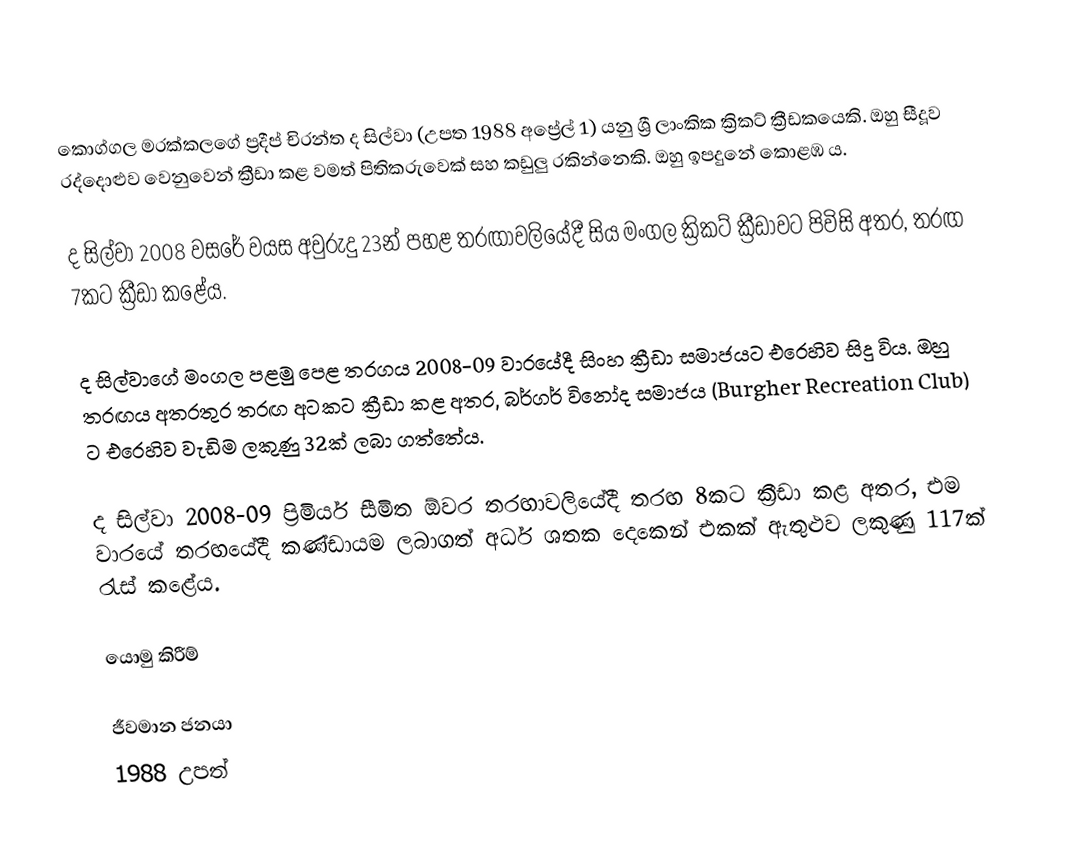
කොග්ගල මරක්කලගේ ප්‍රදීප් චිරන්ත ද සිල්වා (උපත 1988 අප්‍රේල් 1) යනු ශ්‍රී ලාංකික ක්‍රිකට් ක්‍රීඩකයෙකි. ඔහු සීදූව රද්දොළුව වෙනුවෙන් ක්‍රීඩා කළ වමත් පිතිකරුවෙක් සහ කඩුලු රකින්නෙකි. ඔහු ඉපදුනේ කොළඹ ය.

ද සිල්වා 2008 වසරේ වයස අවුරුදු 23න් පහළ තරඟාවලියේදී සිය මංගල ක්‍රිකට් ක්‍රීඩාවට පිවිසි අතර, තරඟ 7කට ක්‍රීඩා කළේය.

ද සිල්වාගේ මංගල පළමු පෙළ තරගය 2008-09 වාරයේදී සිංහ ක්‍රීඩා සමාජයට එරෙහිව සිදු විය. ඔහු තරඟය අතරතුර තරඟ අටකට ක්‍රීඩා කළ අතර, බර්ගර් විනෝද සමාජය (Burgher Recreation Club) ට එරෙහිව වැඩිම ලකුණු 32ක් ලබා ගත්තේය.

ද සිල්වා 2008-09 ප්‍රිමියර් සීමිත ඕවර තරඟාවලියේදී තරඟ 8කට ක්‍රීඩා කළ අතර, එම වාරයේ තරඟයේදී කණ්ඩායම ලබාගත් අර්ධ ශතක දෙකෙන් එකක් ඇතුළුව ලකුණු 117ක් රැස් කළේය.

යොමු කිරීම්

ජීවමාන ජනයා
1988 උපත්